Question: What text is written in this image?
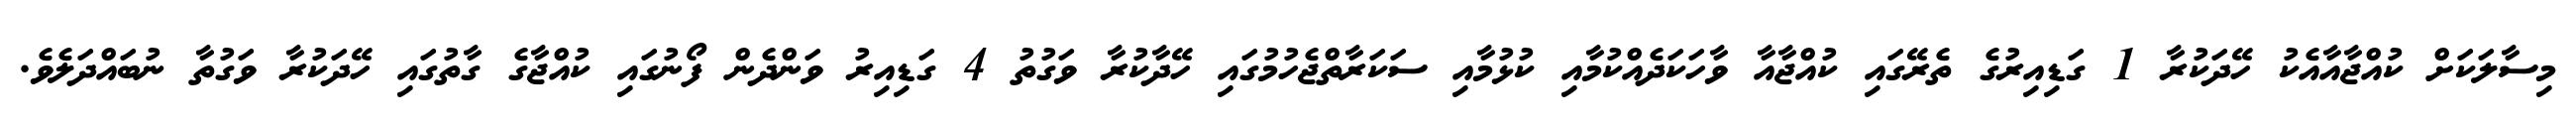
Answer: މިސާލަކަށް ކުއްޖާއާއެކު ހޭދަކުރާ 1 ގަޑިއިރުގެ ތެރޭގައި ކުއްޖާއާ ވާހަކަދެއްކުމާއި ކުޅުމާއި ސަކަރާތްޖެހުމުގައި ހޭދާކުރާ ވަގުތު 4 ގަޑިއިރު ވަންދެން ފޯނުގައި ކުއްޖާގެ ގާތުގައި ހޭދަކުރާ ވަގުތާ ނުބައްދަލެވެ.